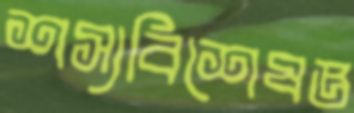
শস্যবিশেষজ্ঞ